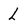
Character: l